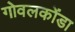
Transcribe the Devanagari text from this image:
गोवलकोंडा